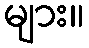
များ။